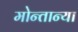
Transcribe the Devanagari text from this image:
मोन्तान्या